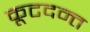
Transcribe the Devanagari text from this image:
कूटदन्त